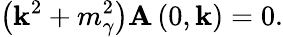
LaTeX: \left(\mathbf{k}^{2}+m_{\gamma}^{2}\right){\mathbf{A}}\left(0,\mathbf{k}\right)=0.